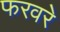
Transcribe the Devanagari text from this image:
फरवरे